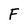
Character: F